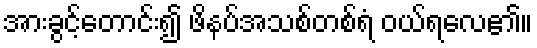
အားခွင့်တောင်း၍ ဖိနပ်အသစ်တစ်ရံ ဝယ်ရလေ၏။